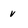
Character: v